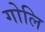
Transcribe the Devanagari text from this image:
गोलि